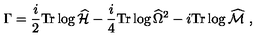
\Gamma = { \frac { i } { 2 } } \mathrm { T r } \log \widehat { \cal H } - { \frac { i } { 4 } } \mathrm { T r } \log \widehat { \Omega } ^ { 2 } - i \mathrm { T r } \log \widehat { \cal M } \ ,